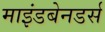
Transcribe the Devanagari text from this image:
माइंडबेनडर्स